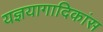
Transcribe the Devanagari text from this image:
यज्ञयागादिकांस